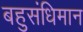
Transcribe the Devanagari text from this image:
बहुसंधिमान